[Report on the health of British troops in the Madras command]
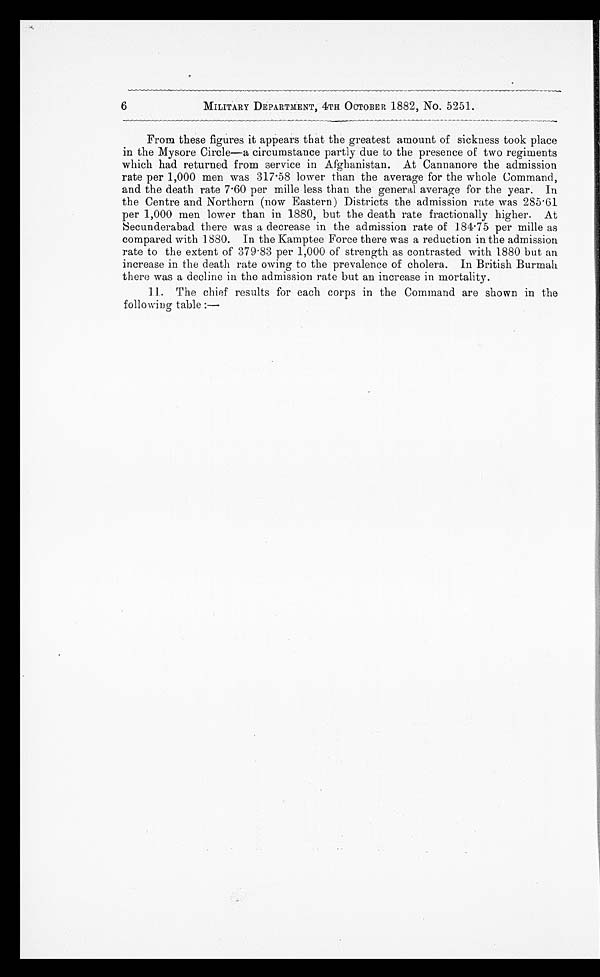
6
MILITARY DEPARTMENT, 4TH OCTOBER 1882, No. 5251.
From these figures it appears that the greatest amount of sickness took place
in the Mysore Circle—a circumstance partly due to the presence of two regiments
which had returned from service in Afghanistan. At Cannanore the admission
rate per 1,000 men was 317.58 lower than the average for the whole Command,
and the death rate 7.60 per mille less than the general average for the year. In
the Centre and Northern (now Eastern) Districts the admission rate was 285.61
per 1,000 men lower than in 1880, but the death rate fractionally higher. At
Secunderabad there was a decrease in the admission rate of 184.75 per mile as
compared with 1880. In the Kamptee Force there was a reduction in the admission
rate to the extent of 379.83 per 1,000 of strength as contrasted with 1880 but an
increase in the death rate owing to the prevalence of cholera. In British Burmah
there was a decline in the admission rate but an increase in mortality.
11. The chief results for each corps in the Command are shown in the
following table:—